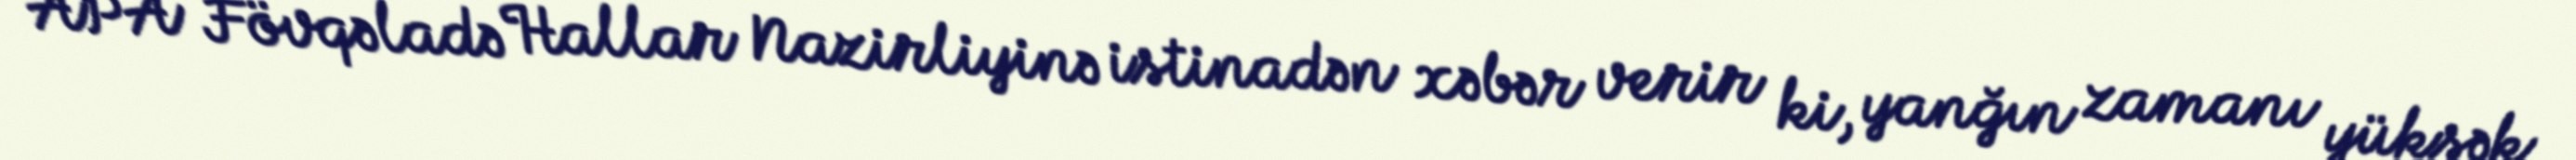
APA Fövqəladə Hallar Nazirliyinə istinadən xəbər verir ki, yanğın zamanı yüksək